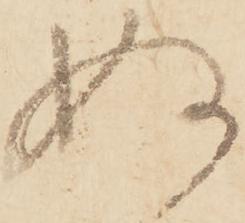
ぬ